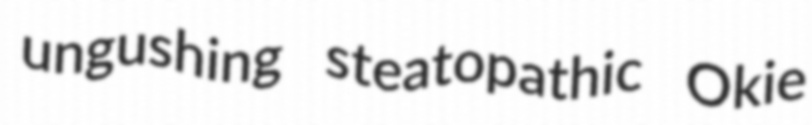
ungushing steatopathic Okie